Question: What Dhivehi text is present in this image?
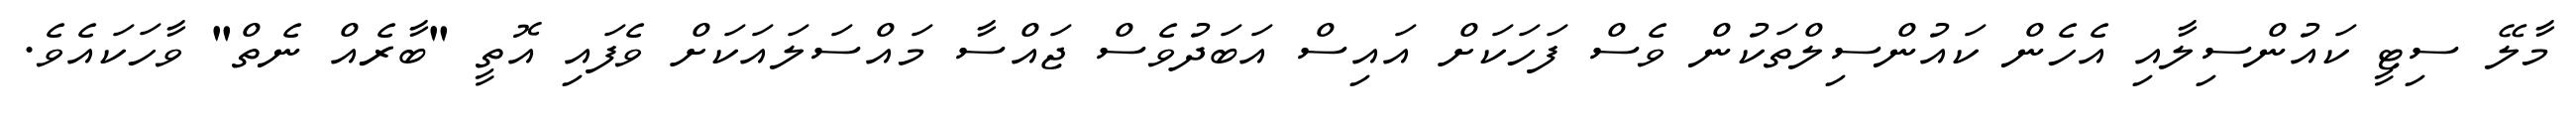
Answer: މާލޭ ސިޓީ ކައުންސިލާއި އެހެން ކައުންސިލްތަކުން ވެސް ފަހަކަށް އައިސް އަބަދުވެސް ޖައްސާ މައްސަލައަކަށް ވެފައި އޮތީ "ބާރެއް ނެތް" ވާހަކައެވެ.